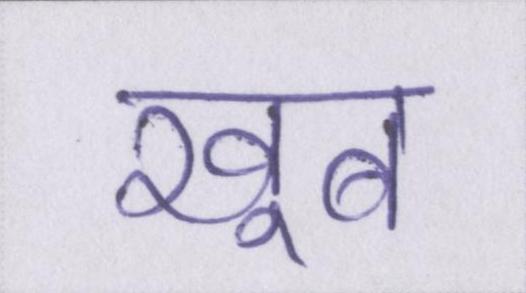
खूब